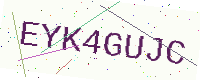
Text: EYK4GUJC